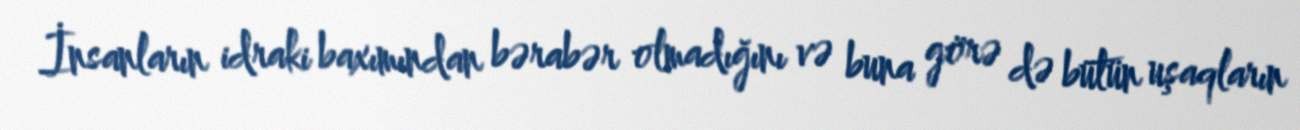
İnsanların idraki baxımından bərabər olmadığını və buna görə də bütün uşaqların